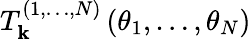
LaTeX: T_{\mathbf{k}}^{(1,\dots,N)}\left(\theta_{1},\dots,\theta_{N}\right)